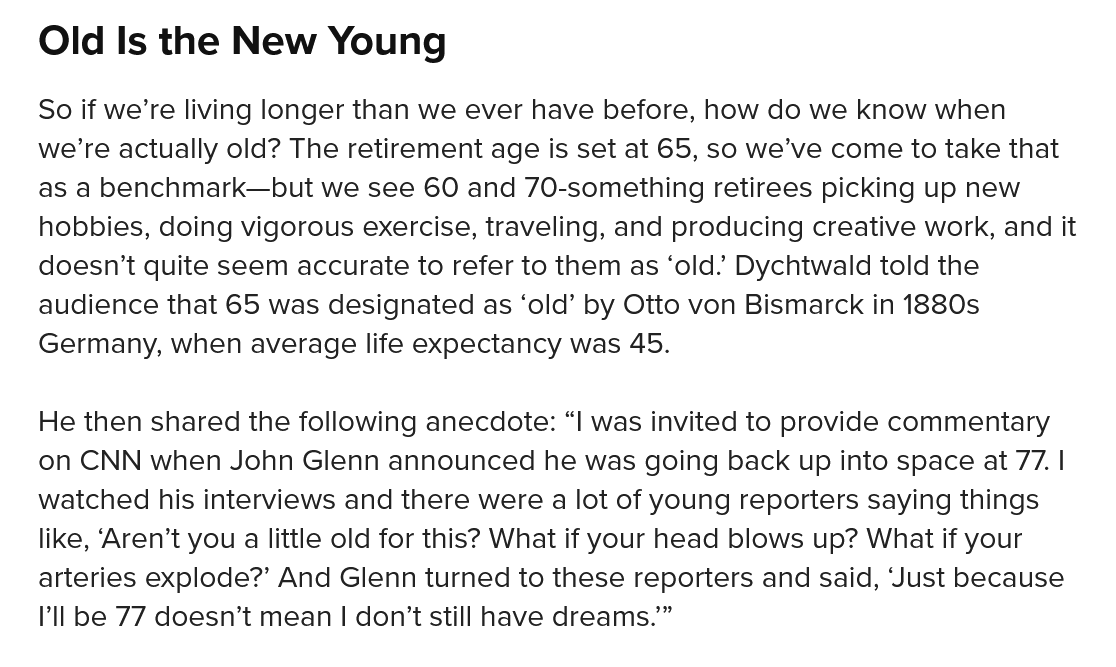
Old   Is the New    Young
   So if we’re living longer than we ever have before, how do we know when
   we’re actually old? The retirement age is set at 65, so we’ve come to take that
   as a benchmark—but we see 60 and 70-something retirees picking up new
   hobbies, doing vigorous exercise, traveling, and producing creative work, and it
   doesn’t quite seem accurate to refer to them as ‘old.’ Dychtwald told the
   audience that 65 was designated as ‘old’ by Otto von Bismarck in 1880s
   Germany, when  average life expectancy was 45.
   He then shared the following anecdote: “I was invited to provide commentary
   on CNN  when John Glenn announced he was going back up into space at 77. |
   watched his interviews and there were a lot of young reporters saying things
   like, ‘Aren’t you a little old for this? What if your head blows up? What if your
   arteries explode?’ And Glenn turned to these reporters and said, Just because
   I'll be 77 doesn’t mean | don’t still have dreams.”